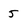
Character: 5